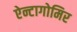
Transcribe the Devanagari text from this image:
ऐन्टागोमिर